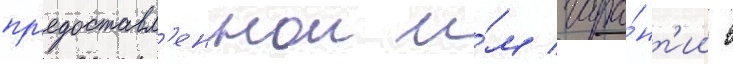
пр'едоставл'еннои и́м гара́нт'ии в